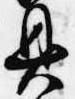
具